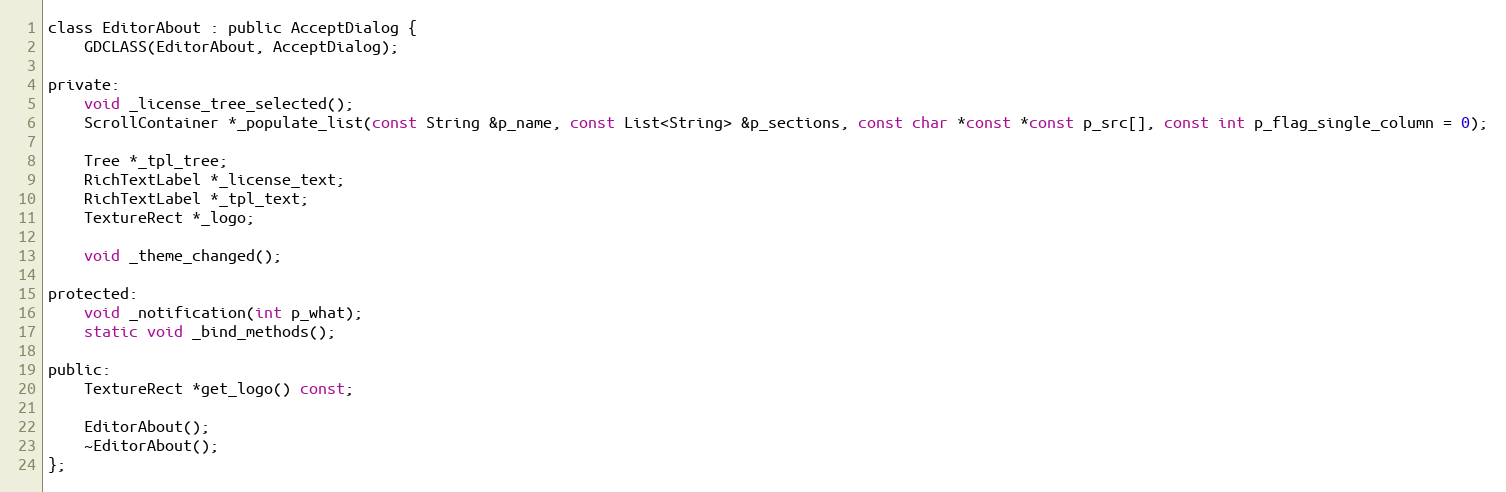
Language: C
class EditorAbout : public AcceptDialog {
	GDCLASS(EditorAbout, AcceptDialog);

private:
	void _license_tree_selected();
	ScrollContainer *_populate_list(const String &p_name, const List<String> &p_sections, const char *const *const p_src[], const int p_flag_single_column = 0);

	Tree *_tpl_tree;
	RichTextLabel *_license_text;
	RichTextLabel *_tpl_text;
	TextureRect *_logo;

	void _theme_changed();

protected:
	void _notification(int p_what);
	static void _bind_methods();

public:
	TextureRect *get_logo() const;

	EditorAbout();
	~EditorAbout();
};